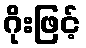
ဂိုးဖြင့်